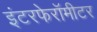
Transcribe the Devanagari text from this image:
इंटरफेरॉमीटर